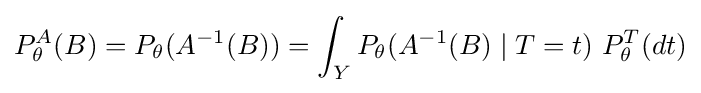
P_{\theta }^{A}(B)=P_{\theta }(A^{-1}(B))=\int _{Y}P_{\theta }(A^{-1}(B)\mid T=t)\ P_{\theta }^{T}(dt)